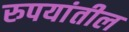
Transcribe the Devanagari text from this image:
रुपयांतील